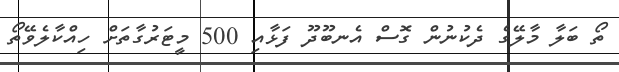
ތޯ ބަލާ މާލޭގެ ދެކުނުން ގޮސް އެނބޫދޫ ފަޅާއި 500 މީޓަރުގާތަށް ހިއްކާލެވޭތޯ